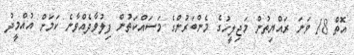
އޮތް 18 ވަނަ ރައްޔިތުން މަޖިލީހުގެ މެންބަރުންގެ މަސައްކަތުން ފިލުވާދެއްވާނެ ކަމަށް އުއްމީދު